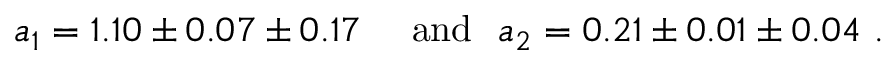
\begin{array} { c c c } { { a _ { 1 } = 1 . 1 0 \pm 0 . 0 7 \pm 0 . 1 7 } } & { { \ \mathrm { a n d } \ \ a _ { 2 } = 0 . 2 1 \pm 0 . 0 1 \pm 0 . 0 4 \ . } } \end{array}